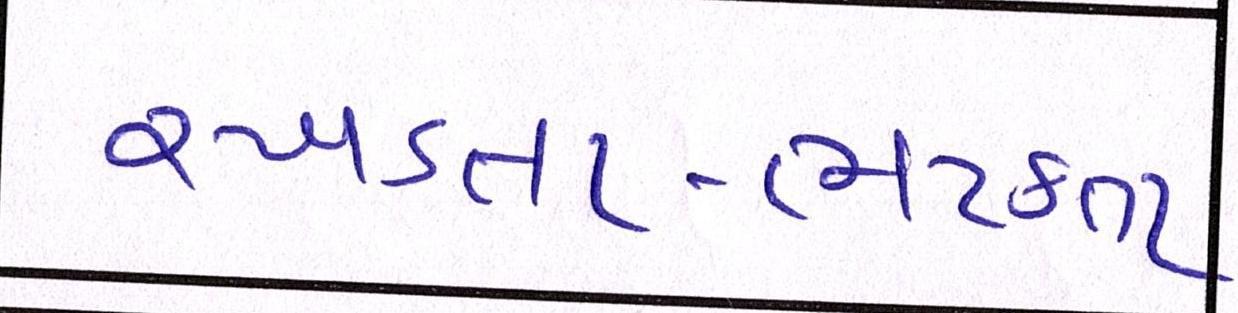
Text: રખડતા-ભટકતા